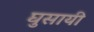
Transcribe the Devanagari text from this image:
घुसायी